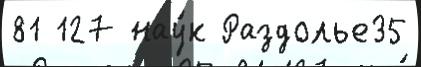
81 127 нау́к Раздолье35